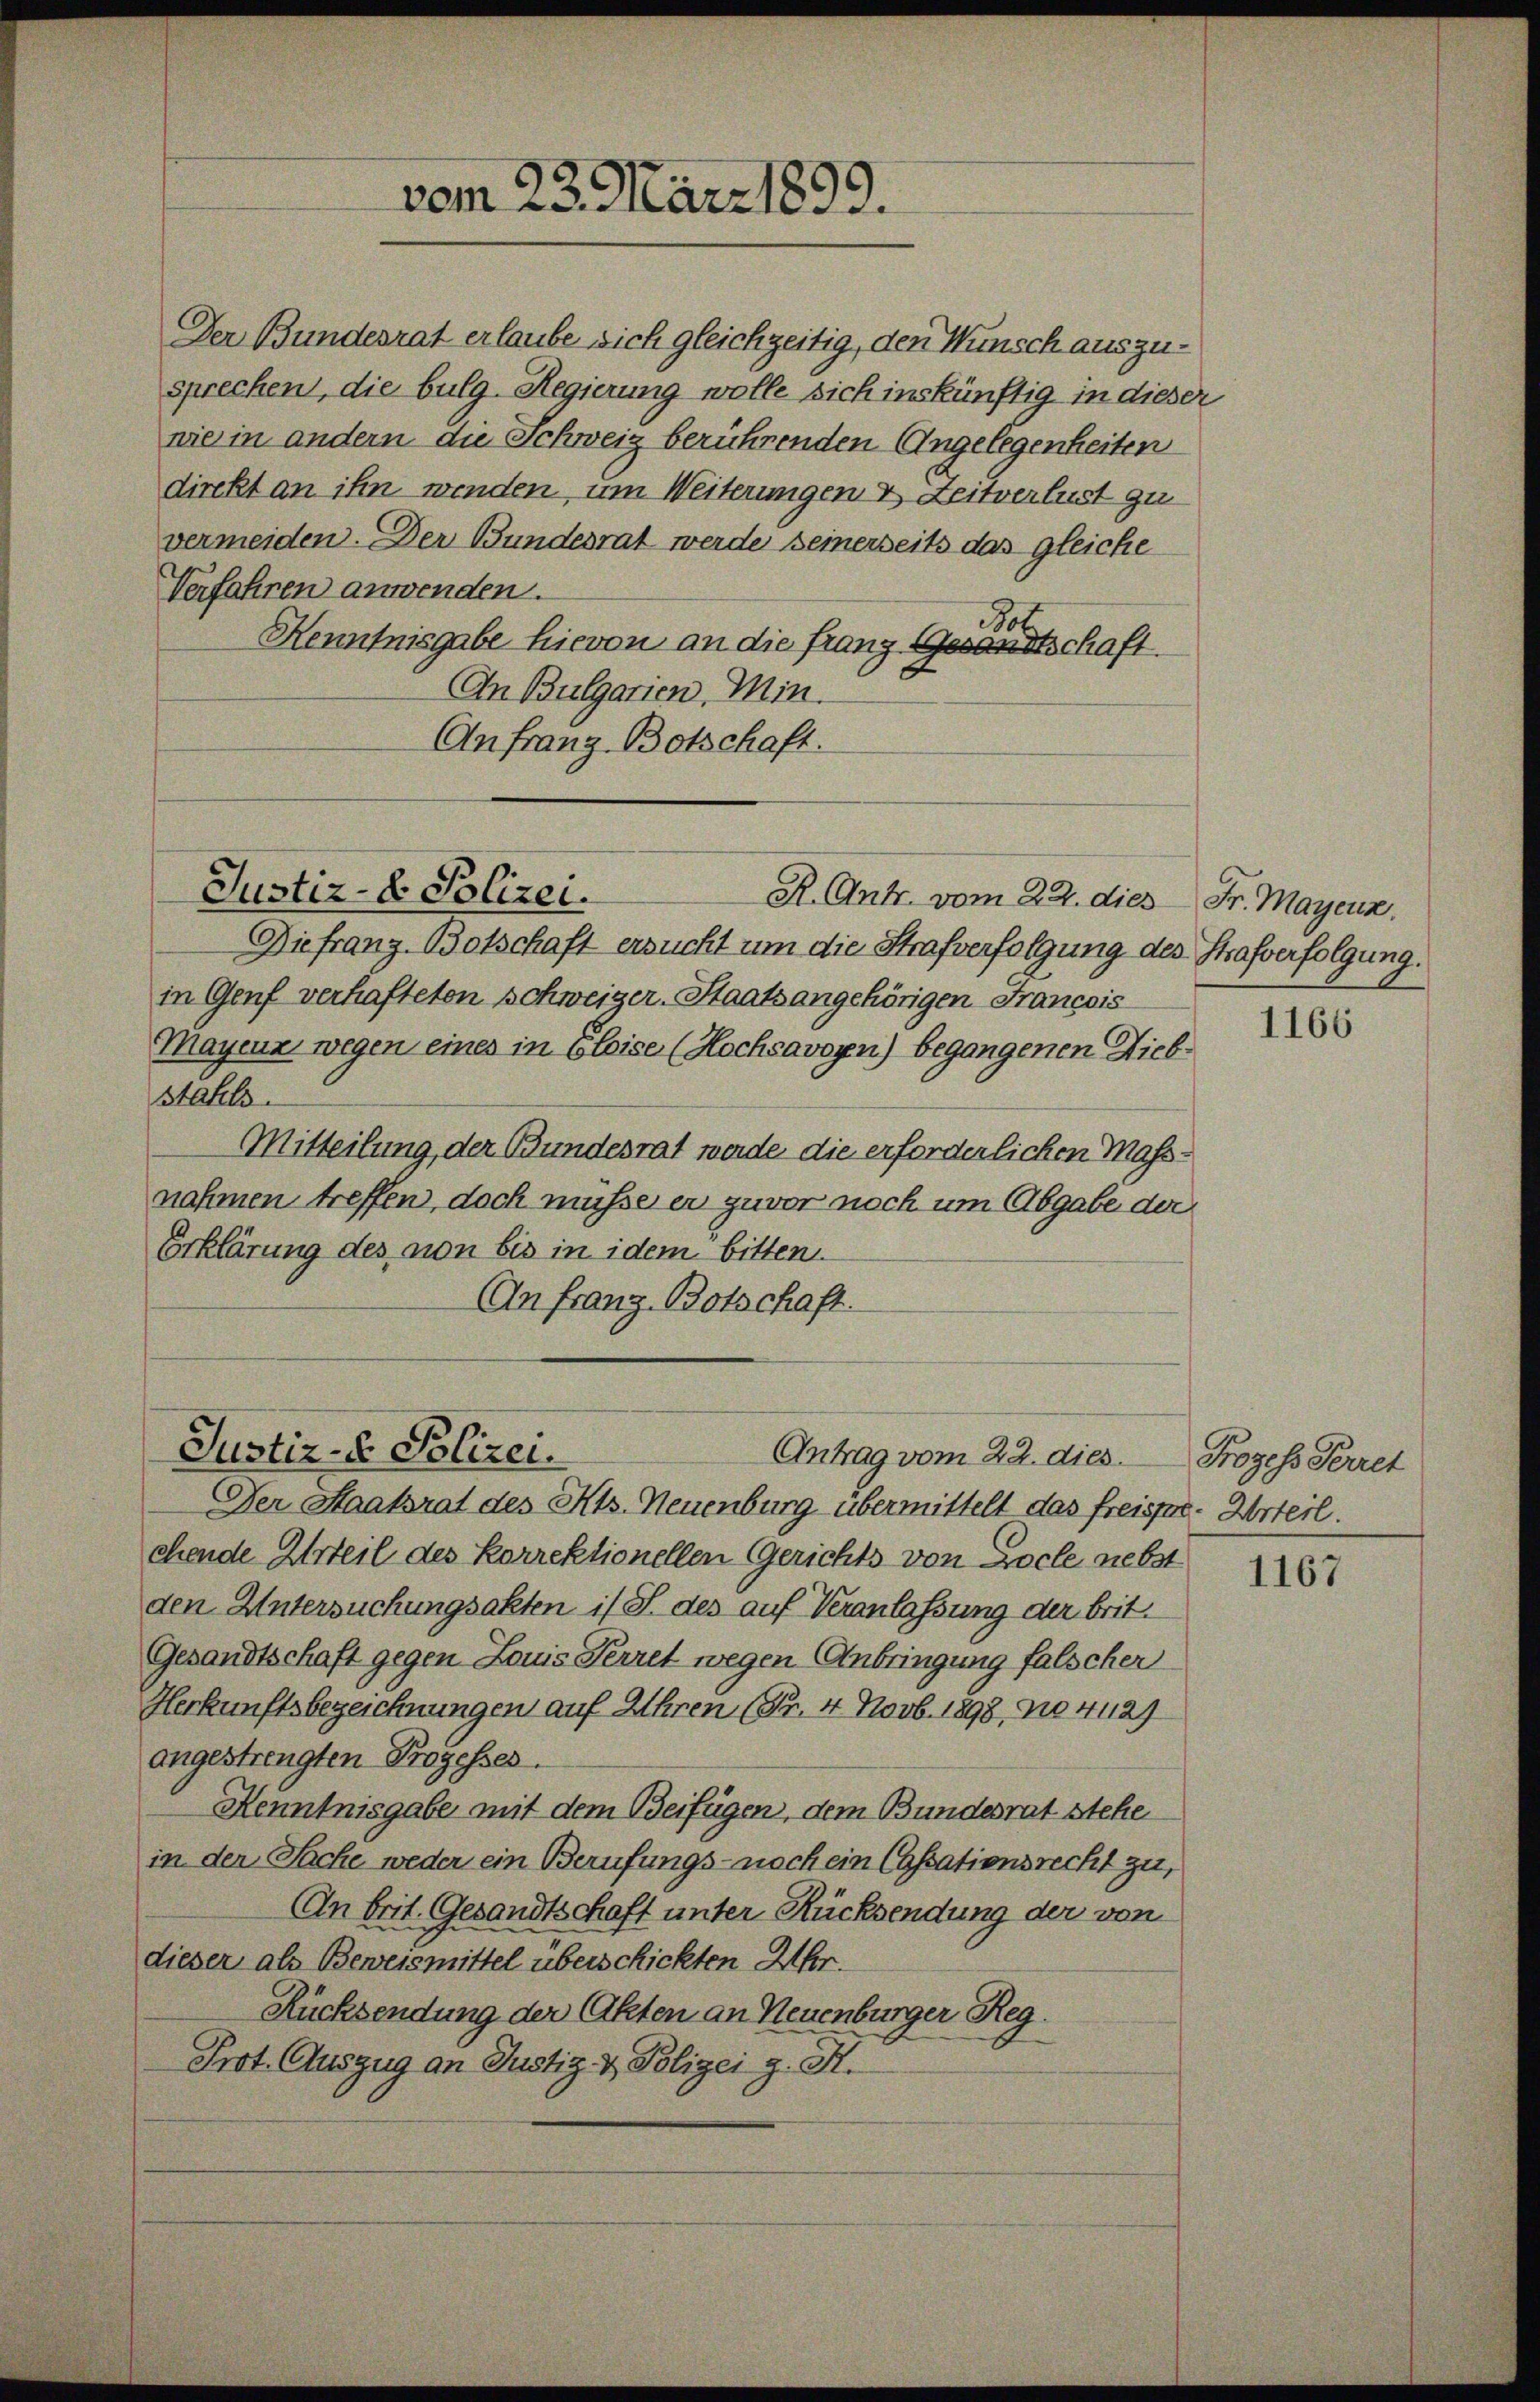
sprechen, die bulg-Regierung wolle sich inskünftig in dieser
nie in andern die Schweiz berührenden Angelegenheiten
direkt an ihn wenden, um Weiterungen & Zeitverlust zu
vermeiden. Der Bundesrat werde seinerseits das gleiche
Verfahren anwenden.
Kenntnisgabe hievon an die franz Gesandtschaft.
An Bulgarien, Min.
Anfranz Botschaft.

Der Bundesrat erlaube sich gleichzeitig, den Wunsch auszu¬

vom 23. März 1899.

Justiz- & Polizei.
R. Ant. vom 22. dies Fr. Mayenz.

Diefranz-Botschaft ersucht um die Strafverfolgung des Strafverfolgung.
in Genf verhafteten Schweizer-Staatsangehörigen Francois
Mayenz wegen eines in bleise (Hochsavoyn) begangenen Diebstahls.
Mitteilung, der Bundesrat werde die erforderlichen Mass-
nahmen treffen, doch müsse er zuvor noch um Abgabe der
Erklärung des non bis in idem bitten.
An Franz Botschaft.

Justiz- & Polizei.
Antrag vom 22. dies

Der Staatsrat des Kts. Neuenburg übermittelt das freissen. Urteil.
chende Urteil des Korrektionellen Gerichts von Zocle nebst
den Untersuchungsakten is J. des auf Veranlassung der brit¬
Gesandtschaft gegen Louis Ferret wegen Anbringung falscher
Herkunftsbezeichnungen auf Uhren (Pr. 4. Novb. 1898, No 4429
angestrengten Prozesses.
Kenntnisgabe mit dem Beifügen, dem Bundesrat stehe
in der Sache weder ein Berufungs- noch ein Cassationsrecht zu,
An brit. Gesandtschaft unter Rücksendung der von
dieser als Beweismittel überschickten Uhr.
Rücksendung der Akten an Neuenburger Reg.
Prot. Auszug an Justiz- & Polizei g. St.

1166

Prozess Perret

1167